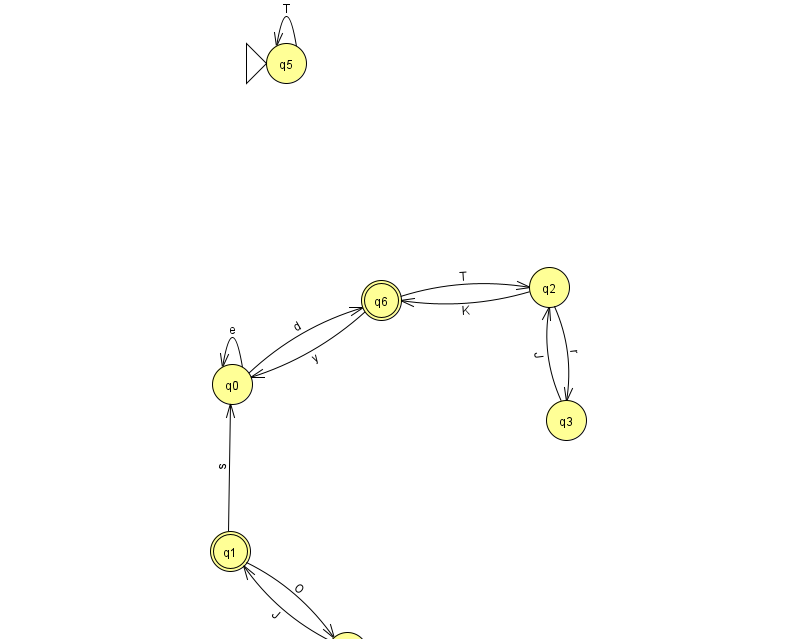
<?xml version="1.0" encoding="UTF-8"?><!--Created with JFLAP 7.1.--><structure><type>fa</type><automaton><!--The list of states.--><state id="0" name="q0"><x>232.0</x><y>371.0</y></state><state id="1" name="q1"><x>230.0</x><y>538.0</y><final/></state><state id="2" name="q2"><x>549.0</x><y>274.0</y></state><state id="3" name="q3"><x>566.0</x><y>407.0</y></state><state id="4" name="q4"><x>347.0</x><y>639.0</y></state><state id="5" name="q5"><x>286.0</x><y>50.0</y><initial/></state><state id="6" name="q6"><x>381.0</x><y>287.0</y><final/></state><!--The list of transitions.--><transition><from>5</from><to>5</to><read>T</read></transition><transition><from>0</from><to>0</to><read>e</read></transition><transition><from>2</from><to>6</to><read>K</read></transition><transition><from>3</from><to>2</to><read>J</read></transition><transition><from>6</from><to>0</to><read>y</read></transition><transition><from>1</from><to>0</to><read>s</read></transition><transition><from>6</from><to>2</to><read>T</read></transition><transition><from>0</from><to>6</to><read>d</read></transition><transition><from>4</from><to>1</to><read>J</read></transition><transition><from>1</from><to>4</to><read>O</read></transition><transition><from>2</from><to>3</to><read>r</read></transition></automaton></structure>